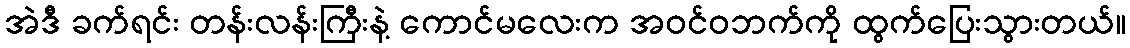
အဲဒီ ခက်ရင်း တန်းလန်းကြီးနဲ့ ကောင်မလေးက အဝင်ဝဘက်ကို ထွက်ပြေးသွားတယ်။